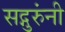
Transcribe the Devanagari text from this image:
सद्गुरुंनी